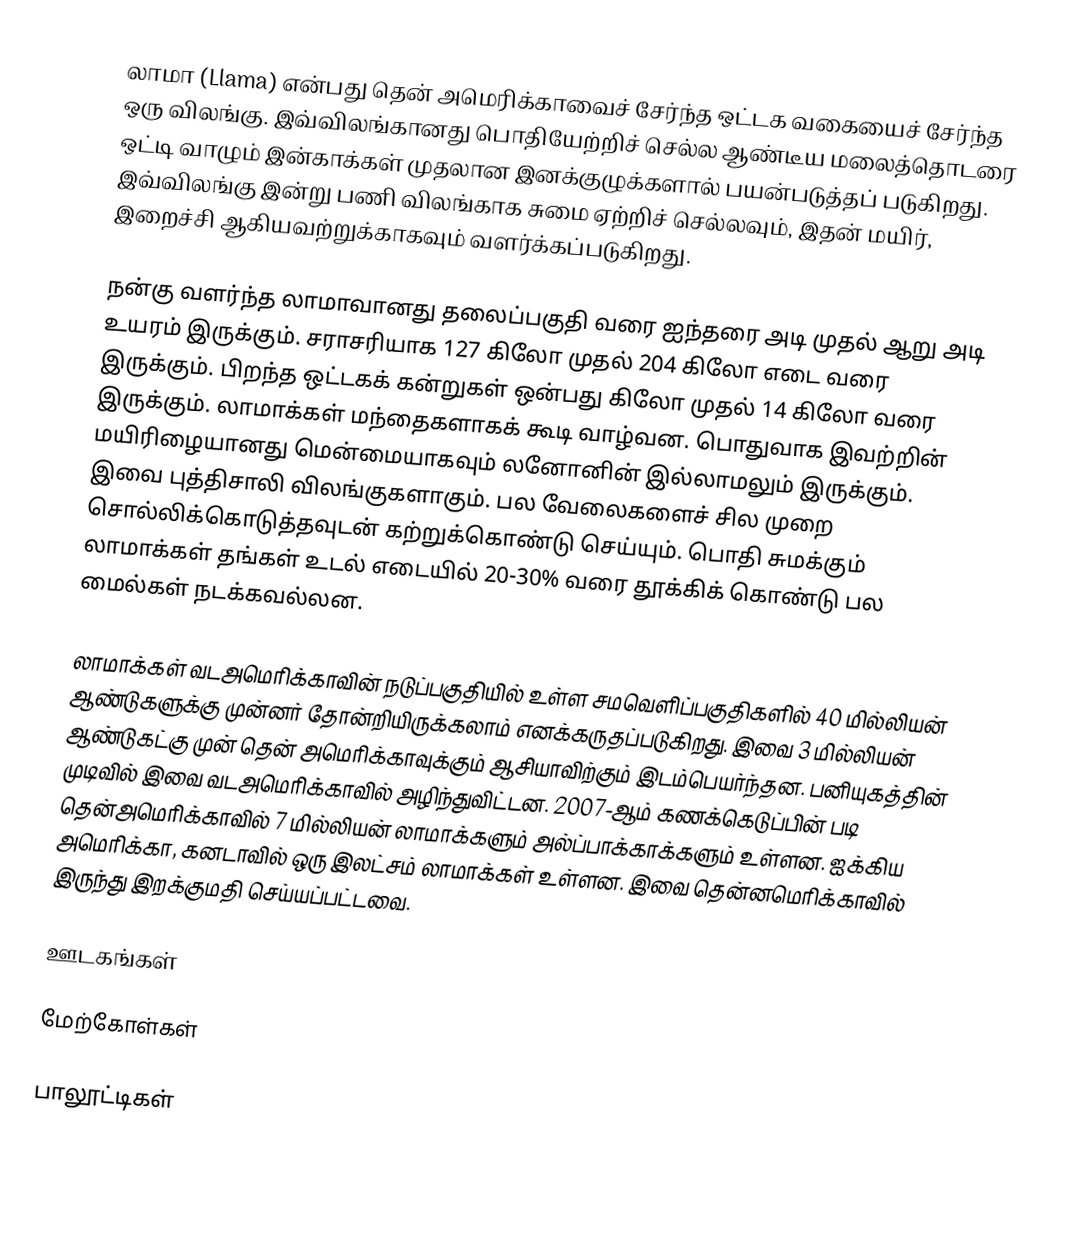
லாமா (Llama) என்பது தென் அமெரிக்காவைச் சேர்ந்த ஒட்டக வகையைச் சேர்ந்த ஒரு விலங்கு. இவ்விலங்கானது பொதியேற்றிச் செல்ல ஆண்டீய மலைத்தொடரை ஒட்டி வாழும் இன்காக்கள் முதலான இனக்குழுக்களால் பயன்படுத்தப் படுகிறது. இவ்விலங்கு இன்று பணி விலங்காக சுமை ஏற்றிச் செல்லவும், இதன் மயிர், இறைச்சி ஆகியவற்றுக்காகவும் வளர்க்கப்படுகிறது.

நன்கு வளர்ந்த லாமாவானது தலைப்பகுதி வரை ஐந்தரை அடி முதல் ஆறு அடி உயரம் இருக்கும். சராசரியாக 127 கிலோ முதல் 204 கிலோ எடை வரை இருக்கும். பிறந்த ஒட்டகக் கன்றுகள் ஒன்பது கிலோ முதல் 14 கிலோ வரை இருக்கும். லாமாக்கள் மந்தைகளாகக் கூடி வாழ்வன. பொதுவாக இவற்றின் மயிரிழையானது மென்மையாகவும் லனோனின் இல்லாமலும் இருக்கும். இவை புத்திசாலி விலங்குகளாகும். பல வேலைகளைச் சில முறை சொல்லிக்கொடுத்தவுடன் கற்றுக்கொண்டு செய்யும். பொதி சுமக்கும் லாமாக்கள் தங்கள் உடல் எடையில் 20-30% வரை தூக்கிக் கொண்டு பல மைல்கள் நடக்கவல்லன.

லாமாக்கள் வடஅமெரிக்காவின் நடுப்பகுதியில் உள்ள சமவெளிப்பகுதிகளில் 40 மில்லியன் ஆண்டுகளுக்கு முன்னர் தோன்றியிருக்கலாம் எனக்கருதப்படுகிறது. இவை 3 மில்லியன் ஆண்டுகட்கு முன் தென் அமெரிக்காவுக்கும் ஆசியாவிற்கும் இடம்பெயர்ந்தன. பனியுகத்தின் முடிவில் இவை வடஅமெரிக்காவில் அழிந்துவிட்டன. 2007-ஆம் கணக்கெடுப்பின் படி தென்அமெரிக்காவில் 7 மில்லியன் லாமாக்களும் அல்ப்பாக்காக்களும் உள்ளன. ஐக்கிய அமெரிக்கா, கனடாவில் ஒரு இலட்சம் லாமாக்கள் உள்ளன. இவை தென்னமெரிக்காவில் இருந்து இறக்குமதி செய்யப்பட்டவை.

ஊடகங்கள்

மேற்கோள்கள்

பாலூட்டிகள்